Leaving Certificate Examination (including Day School Certificate (Higher) General paper), 1926
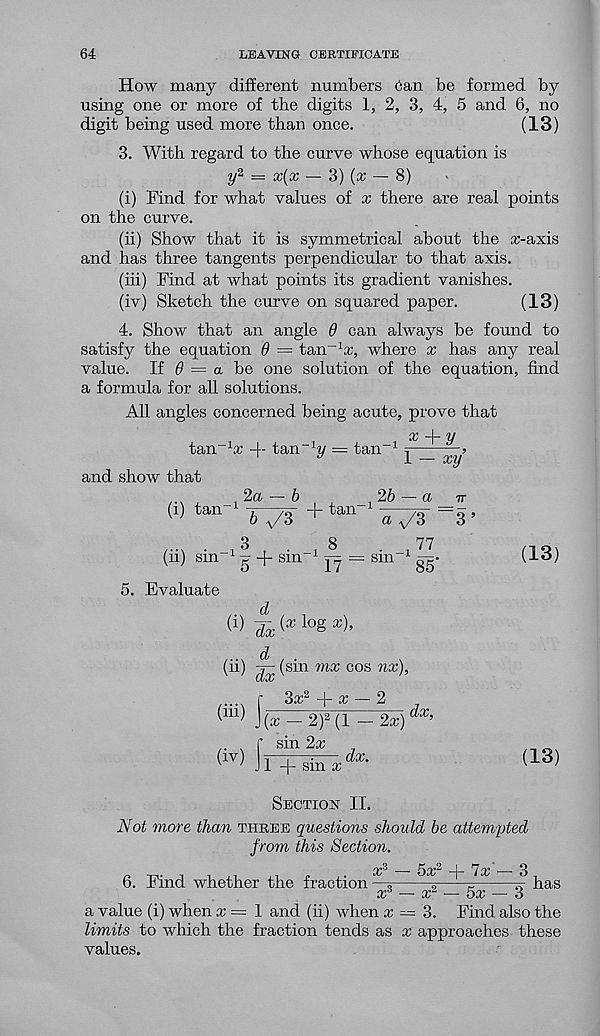
64
LEAVING CERTIFICATE
How many different numbers Can be formed by
using one or more of the digits 1, 2, 3, 4, 5 and 6, no
digit being used more than once.
(13)
3. With regard to the curve whose equation is
?/ 2 = x(x — 3) (x — 8)
(i) Find for what values of x there are real points
on tbe curve.
(ii) Show that it is symmetrical about the cr-axis
and has three tangents perpendicular to that axis.
(hi) Find at what points its gradient vanishes.
(iv) Sketch the curve on squared paper.
(13)
4. Show that an angle 0 can always be found to
satisfy the equation 0 — tan^'a:, where x has any real
value. If 0 = a be one solution of the equation, find
a formula for all solutions.
All angles concerned being acute, prove that
tan _1 a; -f- tan“h/ — tan" 1 —^
and show that
,2a — b
(i) tan -1 -i—jtt + tan -1
l — xy
2b — a it
b ^3
8
3
(ii) sin -1 g -f sin -1
= sm
a ys
3 ’
77
85’
(13)
5. Evaluate
d
(i) yx
log
(ii) ^ (sin mx cos nx).
(ffi) |
(iv)f
3cc 2
x — 2
{x - 2) 2 (1 - 2x)
sin 2a;
1 + sm x
dx,
(13)
Section II.
Not more than three questions should be attempted
from this Section.
1 *7 cc 3
6. Find whether the fraction—»
5
?
has
syiO
/yt4
t,V
vL>
a value (i) when a; = 1 and (ii) when x = 3. Find also the
limits to which the fraction tends as x approaches these
values.